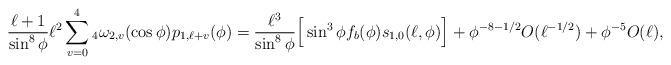
LaTeX: \begin{align*}\frac{\ell+1}{\sin^8 \phi} \ell^2 \sum_{v=0}^4 {_4}\omega_{2,v}(\cos \phi) p_{1,\ell+v}(\phi) = \frac{\ell^3}{\sin^8 \phi} \Big[ \sin^3 \phi f_b(\phi) s_{1,0}(\ell,\phi) \Big]+\phi^{-8-1/2} O(\ell^{-1/2})+\phi^{-5} O(\ell), \end{align*}